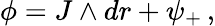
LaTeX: \phi=J\wedge dr+\psi_{+}\, ,